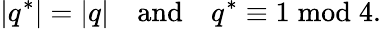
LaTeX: |q^{*}|=|q|\quad{\mathrm{and}}\quad q^{*}\equiv 1{\bmod{4}}.